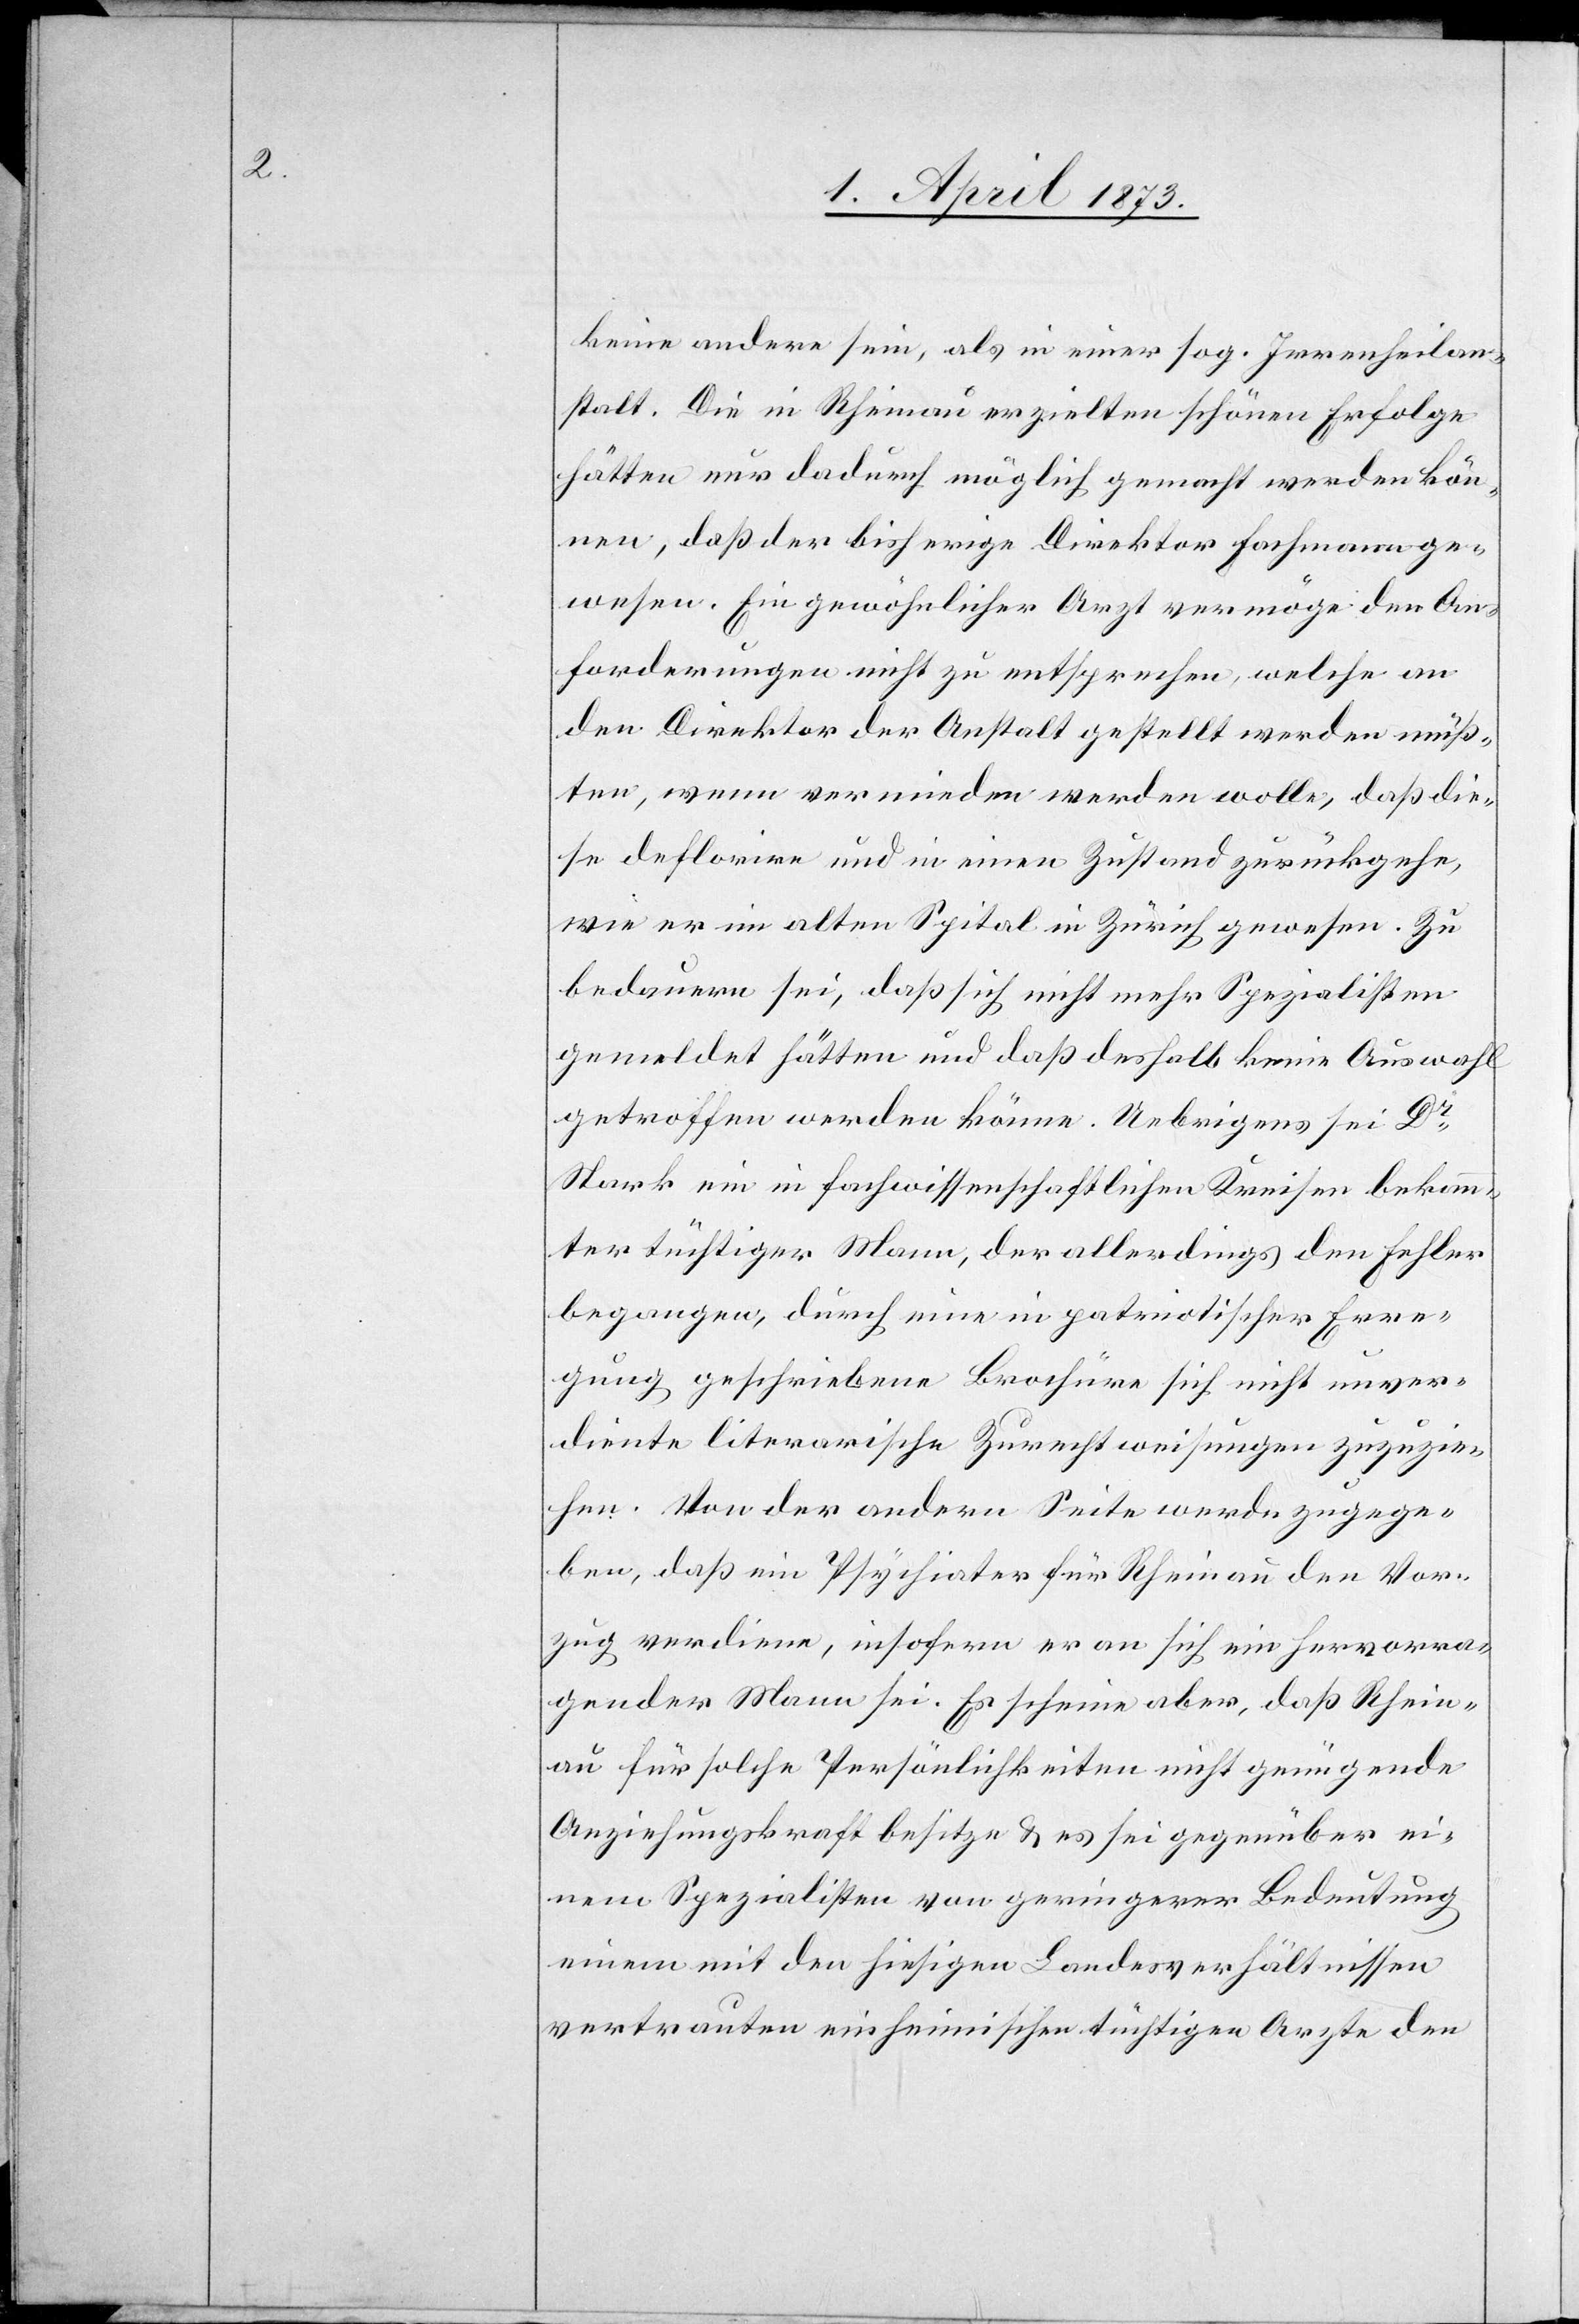
keine andere sein, als in einer sog. Irrenheilan¬
stalt. Die in Rheinau erzielten schönen Erfolge
hätten nur dadurch möglich gemacht werden kön¬
nen, daß der bisherige Direktor Fachmann ge¬
wesen. Ein gewöhnlicher Arzt vermöge den An¬
forderungen nicht zu entsprechen, welche an
den Direktor der Anstalt gestellt werden müß¬
ten, wenn vermieden werden wolle, daß die¬
se deflorire und in einen Zustand zurückgehe,
wie er im alten Spital in Zürich gewesen. Zu
bedauern sei, daß sich nicht mehr Spezialisten
gemeldet hätten und daß deshalb keine Auswahl
getroffen werden könne. Uebrigens sei Dr
Stark ein in fachwissenschaftlichen Kreisen bekann¬
ter tüchtiger Mann, der allerdings den Fehler
begangen, durch eine in patriotischer Erre¬
gung geschriebene Brochüre sich nicht unver¬
diente literarische Zurechtweisungen zuzuzie¬
hen. Von der andern Seite werde zugege¬
ben, daß ein Psychiater für Rheinau den Vor¬
zug verdiene, insofern er an sich ein hervorra¬
gender Mann sei. Es scheine aber, daß Rhein¬
au für solche Persönlichkeiten nicht genügende
Anziehungskraft besitze u. es sei gegenüber ei¬
nem Spezialisten von geringerer Bedeutung
einem mit den hiesigen Landesverhältnissen
vertrauten ein heimischen tüchtigen Arzte den